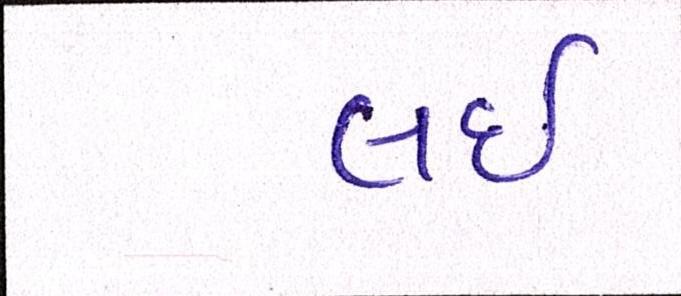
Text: લઇ